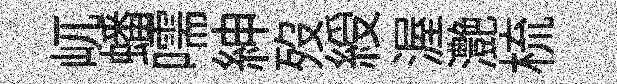
屼蟠嚅紳歿綬渥灔梳